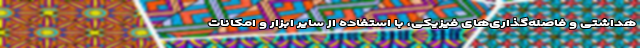
هداشتی و فاصله‌گذاری‌های فیزیکی، با استفاده از سایر ابزار و امکانات